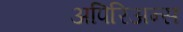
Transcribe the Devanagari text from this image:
अपिरिअन्स